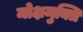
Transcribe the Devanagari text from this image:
मोक्षमुक्ति